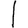
Digit: 1